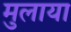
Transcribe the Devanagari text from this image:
मुलाया